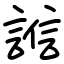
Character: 𧪄